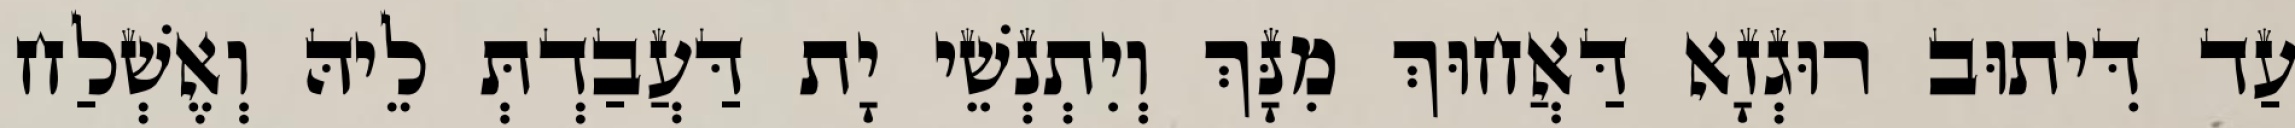
עַד דִּיתוּב רוּגְזָא דַּאֲחוּךְ מִנָּךְ וְיִתְנְשֵׁי יָת דַּעֲבַדְתְּ לֵיהּ וְאֶשְׁלַח